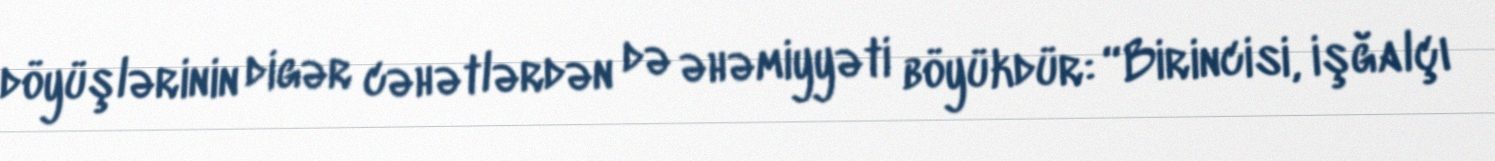
döyüşlərinin digər cəhətlərdən də əhəmiyyəti böyükdür: “Birincisi, işğalçı